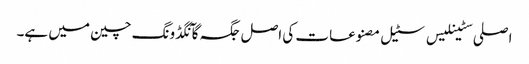
اصلی سٹینلیس سٹیل مصنوعات کی اصل جگہ گآنگڈونگ چین میں ہے۔